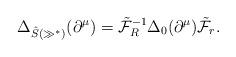
LaTeX: \begin{gather*}\Delta_{\hat{S}(\gg^*)}(\partial^\mu) = \tilde{\mathcal{F}}^{-1}_R\Delta_0(\partial^\mu)\tilde{\mathcal{F}}_r.\end{gather*}